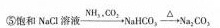
⑤$$饱 和 N a C l 溶 液 \xrightarrow { N H _ { 3 } . C O _ { 2 } } N a H C O _ { 3 } \xrightarrow { △} N a _ { 2 } C O _ { 3 }$$